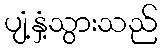
ပျံ့နှံ့သွားသည်